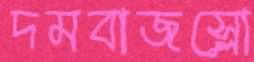
দমবাজস্লো